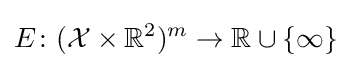
E\colon ({\mathcal {X}}\times \mathbb {R} ^{2})^{m}\to \mathbb {R} \cup \lbrace \infty \rbrace